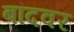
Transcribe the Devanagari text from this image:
बांदवर